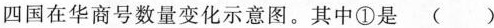
四国在华商号数量变化示意图。其中①是()